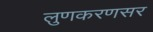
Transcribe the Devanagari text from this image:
लुणकरणसर